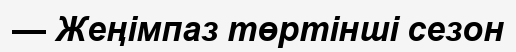
— Жеңімпаз төртінші сезон